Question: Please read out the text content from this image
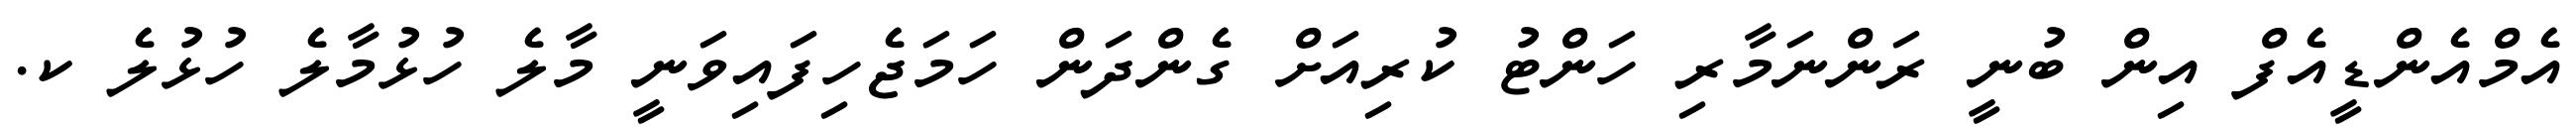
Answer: އެމްއެންޑީއެފް އިން ބުނީ ރަންނަމާރި ހަންޓު ކުރިއަށް ގެންދަން ހަމަޖެހިފައިވަނީ މާލެ ހުޅުމާލެ ހުޅުލެ ކ.